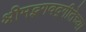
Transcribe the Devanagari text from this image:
श्रीमद्भगवद्गीतेच्या